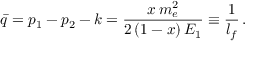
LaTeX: \bar { q } = p _ { 1 } - p _ { 2 } - k = \frac { x \, m _ { e } ^ { 2 } } { 2 \, ( 1 - x ) \, E _ { 1 } } \equiv { \frac { 1 } { l _ { f } } } \, .